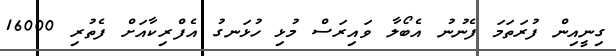
ގިނީއިން ފުރަތަމަ ފެނުނު އެބޯލާ ވައިރަސް މުޅި ހުޅަނގު އެފްރިކާއަށް ފެތުރި 16000